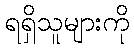
ရရှိသူများကို